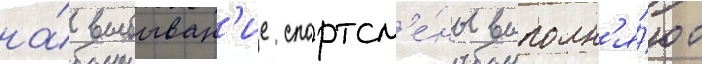
на́ выбыван'ие спортсм'е́ны выполн'я́ют